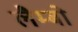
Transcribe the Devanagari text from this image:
लैम्बो